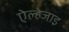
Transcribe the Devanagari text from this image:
ऐल्हेजाइ